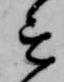
を